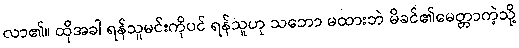
လာ၏။ ထိုအခါ ရန်သူမင်းကိုပင် ရန်သူဟု သဘော မထားဘဲ မိခင်၏မေတ္တာကဲ့သို့